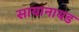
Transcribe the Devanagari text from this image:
सायानायड